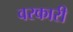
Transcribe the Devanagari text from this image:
वरकारी